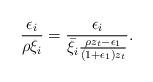
LaTeX: \begin{align*}\frac{\epsilon_i}{\rho\xi_i} &= \frac{\epsilon_i}{ \bar{\xi}_i \frac{ \rho z_t -\epsilon_1}{ (1+\epsilon_1)z_t }}.\end{align*}